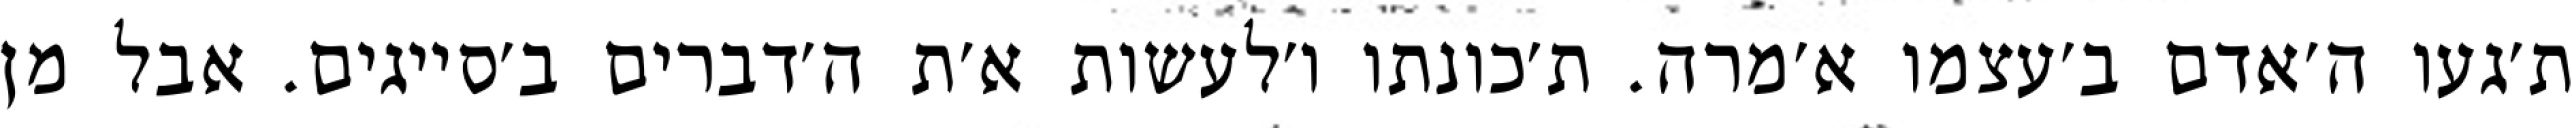
ת׳געו ה׳אדם ב׳עצמו א׳מרה. ת׳כונתו ו׳לעשות א׳ת ה׳דברים ב׳סייגים. אבל מן